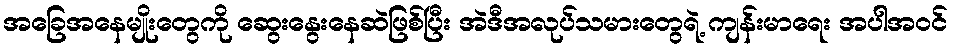
အခြေအနေမျိုးတွေကို ဆွေးနွေးနေဆဲဖြစ်ပြီး အဲဒီအလုပ်သမားတွေရဲ့ ကျန်းမာရေး အပါအဝင်